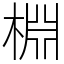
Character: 棩